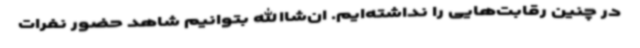
در چنین رقابت‌هایی را نداشته‌ایم. ان‌شاالله بتوانیم شاهد حضور نفرات